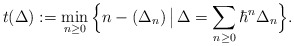
\begin{align*} t(\Delta) := \min_{n\geq 0}\Big\{n - (\Delta_n)\, \big|\,\Delta = \sum_{n\geq 0}\hbar^n\Delta_{n}\Big\}. \end{align*}